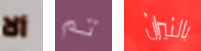
ألا تم بالنيران